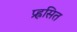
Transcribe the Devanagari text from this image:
प्र्ह्रसित